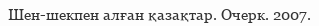
Шен-шекпен алған қазақтар. Очерк. 2007.